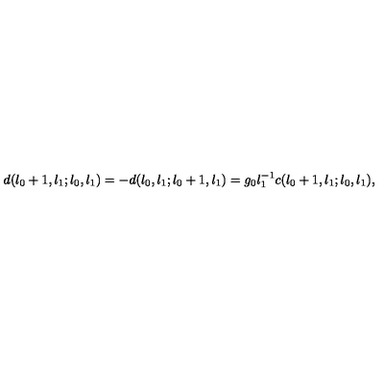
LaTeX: d ( l _ { 0 } + 1 , l _ { 1 } ; l _ { 0 } , l _ { 1 } ) = - d ( l _ { 0 } , l _ { 1 } ; l _ { 0 } + 1 , l _ { 1 } ) = g _ { 0 } l _ { 1 } ^ { - 1 } c ( l _ { 0 } + 1 , l _ { 1 } ; l _ { 0 } , l _ { 1 } ) ,